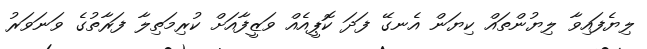
ލިޔެފައިވާ ލިޔުންތައް ކިޔަން އެނގޭ ފަދަ ކޮޕީއެއް ވަޒީފާއަށް ކުރިމަތިލާ ފަރާތުގެ ވަނަވަރު